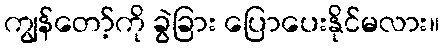
ကျွန်တော့်ကို ခွဲခြား ပြောပေးနိုင်မလား။